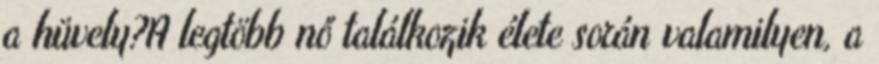
a hüvely?A legtöbb nő találkozik élete során valamilyen, a